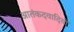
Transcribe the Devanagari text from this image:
आतंकदवादियों